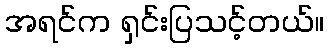
အရင်က ရှင်းပြသင့်တယ်။